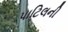
પાટિલની